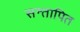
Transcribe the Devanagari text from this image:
सन्तापित